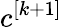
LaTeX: c^{[k+1]}